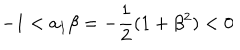
- 1 < a _ { 1 } \beta = - \frac { 1 } { 2 } ( 1 + \beta ^ { 2 } ) < 0